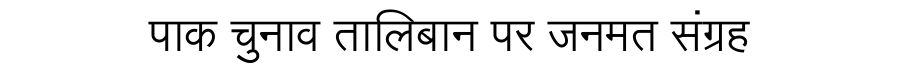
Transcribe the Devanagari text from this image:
पाक चुनाव तालिबान पर जनमत संग्रह